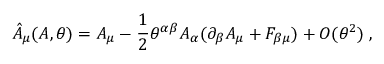
\hat { A } _ { \mu } ( A , \theta ) = A _ { \mu } - \frac { 1 } { 2 } \theta ^ { \alpha \beta } A _ { \alpha } ( \partial _ { \beta } A _ { \mu } + F _ { \beta \mu } ) + O ( \theta ^ { 2 } ) \; ,